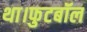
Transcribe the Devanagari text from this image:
था।फुटबॉल